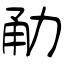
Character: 勈